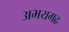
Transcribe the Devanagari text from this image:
अभयगढ